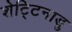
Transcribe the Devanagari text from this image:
शेट्टिनाडु